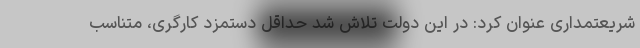
شریعتمداری عنوان کرد: در این دولت تلاش شد حداقل دستمزد کارگری، متناسب